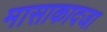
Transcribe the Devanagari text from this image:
मासाकादजा